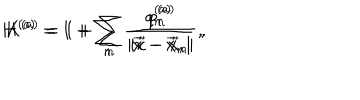
LaTeX: H ^ { ( a ) } = 1 + \sum _ { n } \frac { q _ { n } ^ { ( a ) } } { | \vec { x } - \vec { x } _ { n } | } \, , \hspace { 1 c m } K ^ { ( a ) } = 1 + \sum _ { n } \frac { p _ { n } ^ { ( a ) } } { | \vec { x } - \vec { x } _ { n } | } \, ,